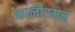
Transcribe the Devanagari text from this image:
कालीरमन